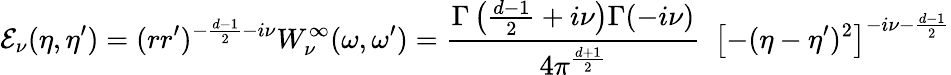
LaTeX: {\cal E}_{\nu}(\eta,\eta^{\prime})=(rr^{\prime})^{-\frac{d-1}{2}-i\nu}{W}_{\nu}^{\infty}({\omega},{\omega}^{\prime})=\frac{\Gamma\left(\frac{d-1}{2}+i\nu\right)\Gamma(-i\nu)}{4\pi^{\frac{d+1}{2}}}\ \ \left[-(\eta-\eta^{\prime})^{2}\right]^{-i\nu-\frac{d-1}{2}}